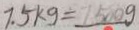
7 . 5 k g = 7 5 0 0 g